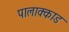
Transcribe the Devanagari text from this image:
पालाक्काड